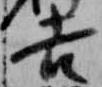
吉